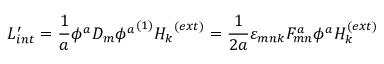
L _ { i n t } ^ { \prime } = \frac { 1 } { a } \phi ^ { a } D _ { m } { \phi ^ { a } } ^ { ( 1 ) } { H _ { k } } ^ { ( e x t ) } = \frac { 1 } { 2 a } \varepsilon _ { m n k } F _ { m n } ^ { a } \phi ^ { a } H _ { k } ^ { ( e x t ) }